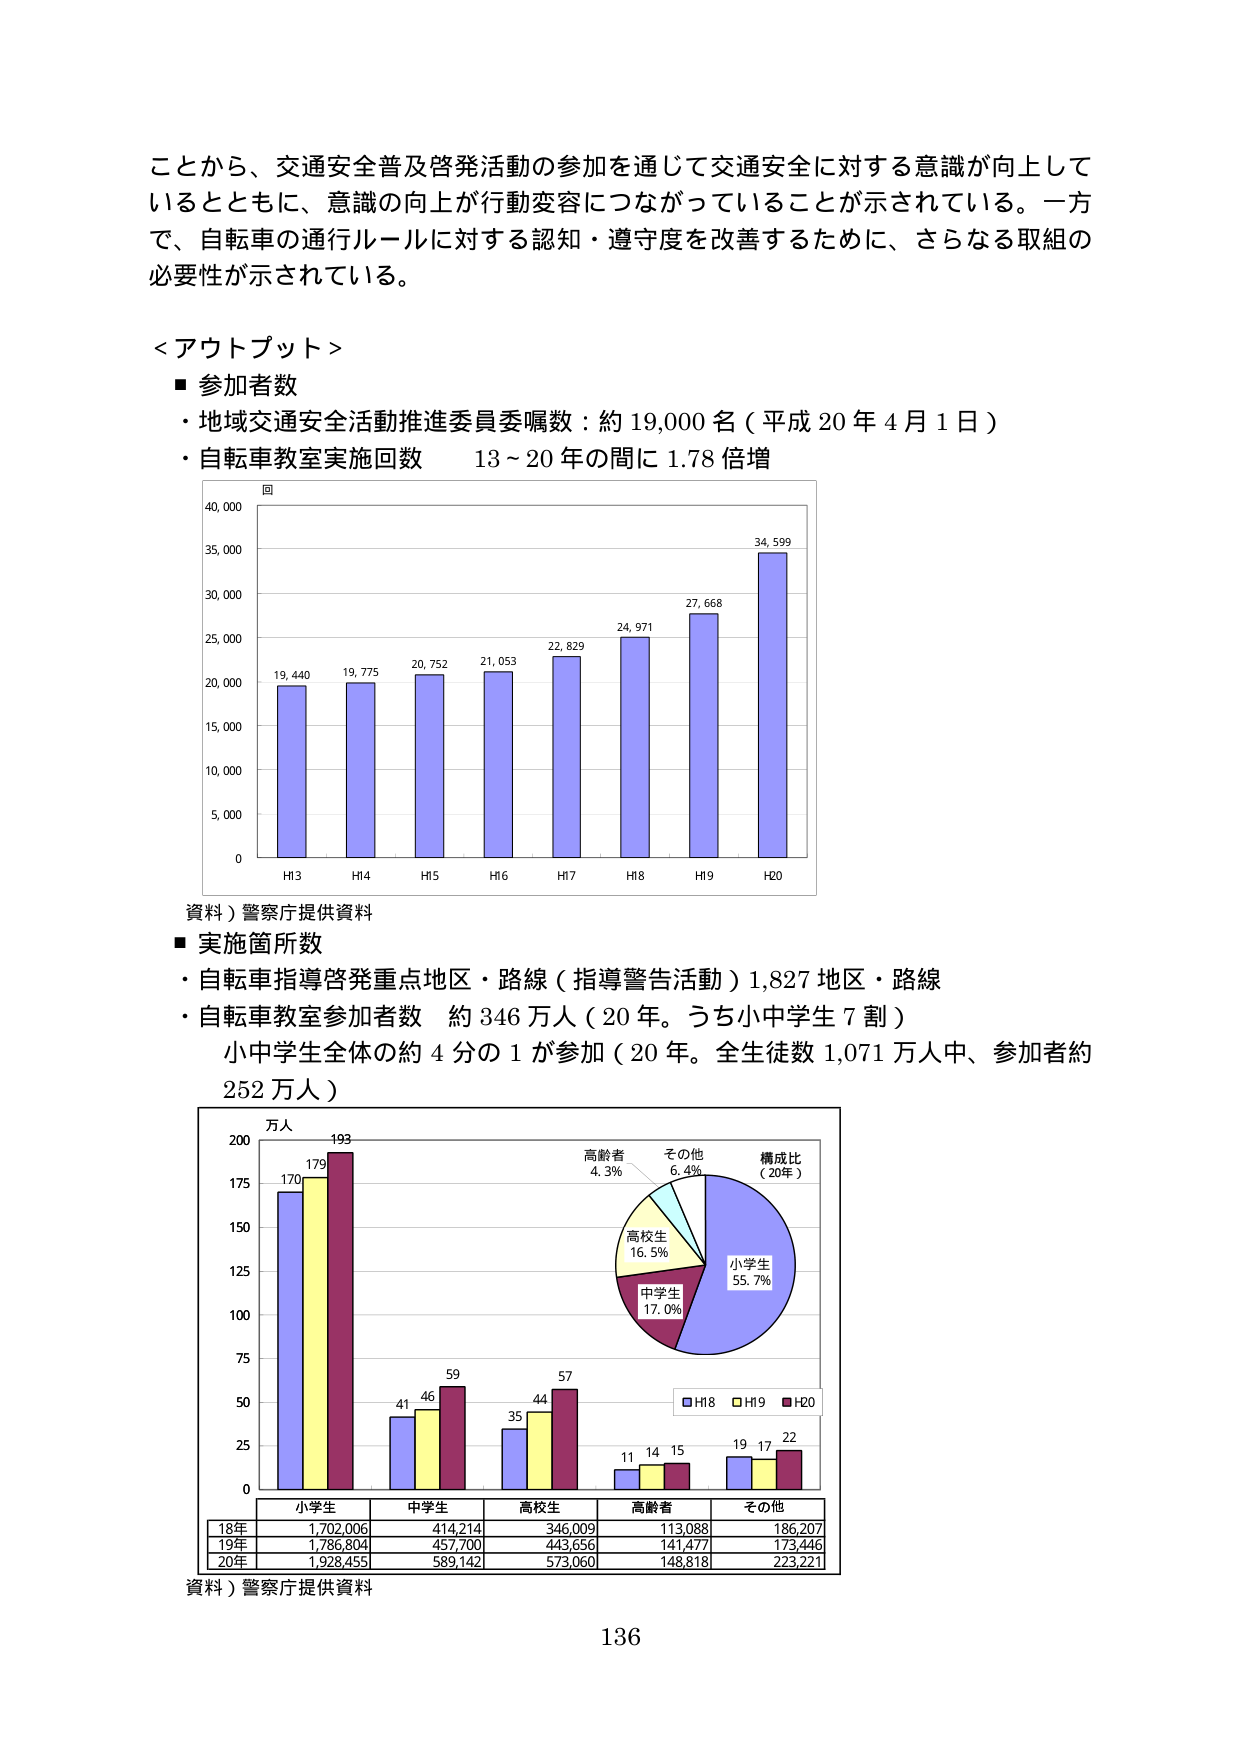
ことから、交通安全普及啓発活動の参加を通じて交通安全に対する意識が向上しているとともに、意識の向上が行動変容につながっていることが示されている。一方で、自転車の通行ルールに対する認知・遵守度を改善するために、さらなる取組の必要性が示されている。

＜アウトプット＞
■ 参加者数
・地域交通安全活動推進委員委嘱数：約 19,000 名（平成 20 年 4 月 1 日）
・自転車教室実施回数　13～20 年の間に 1.78 倍増

回
40,000
35,000
30,000
25,000
20,000
15,000
10,000
5,000
0
19,440
19,775
20,752
21,053
22,829
24,971
27,668
34,599
H13　H14　H15　H16　H17　H18　H19　H20

資料）警察庁提供資料

■ 実施箇所数
・自転車指導啓発重点地区・路線（指導警告活動）1,827 地区・路線
・自転車教室参加者数　約 346 万人（20 年。うち小中学生 7 割）
　小中学生全体の約 4 分の 1 が参加（20 年。全生徒数 1,071 万人中、参加者約 252 万人）

万人
200
175
150
125
100
75
50
25
0
170
179
193
41
46
59
35
44
57
11
14
15
19
17
22
■H18　■H19　■H20
構成比
（20年）
小学生
55.7%
中学生
17.0%
高校生
16.5%
高齢者
4.3%
その他
6.4%
小学生　中学生　高校生　高齢者　その他
18年　1,702,006　414,214　346,009　113,088　186,207
19年　1,786,804　457,700　443,656　141,477　173,446
20年　1,928,455　589,142　573,060　148,818　223,221

資料）警察庁提供資料

136